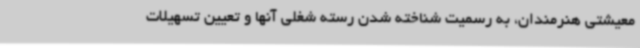
معیشتی هنرمندان، ‌به رسمیت شناخته شدن رسته شغلی آنها و تعیین تسهیلات